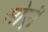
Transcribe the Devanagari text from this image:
सोएं।